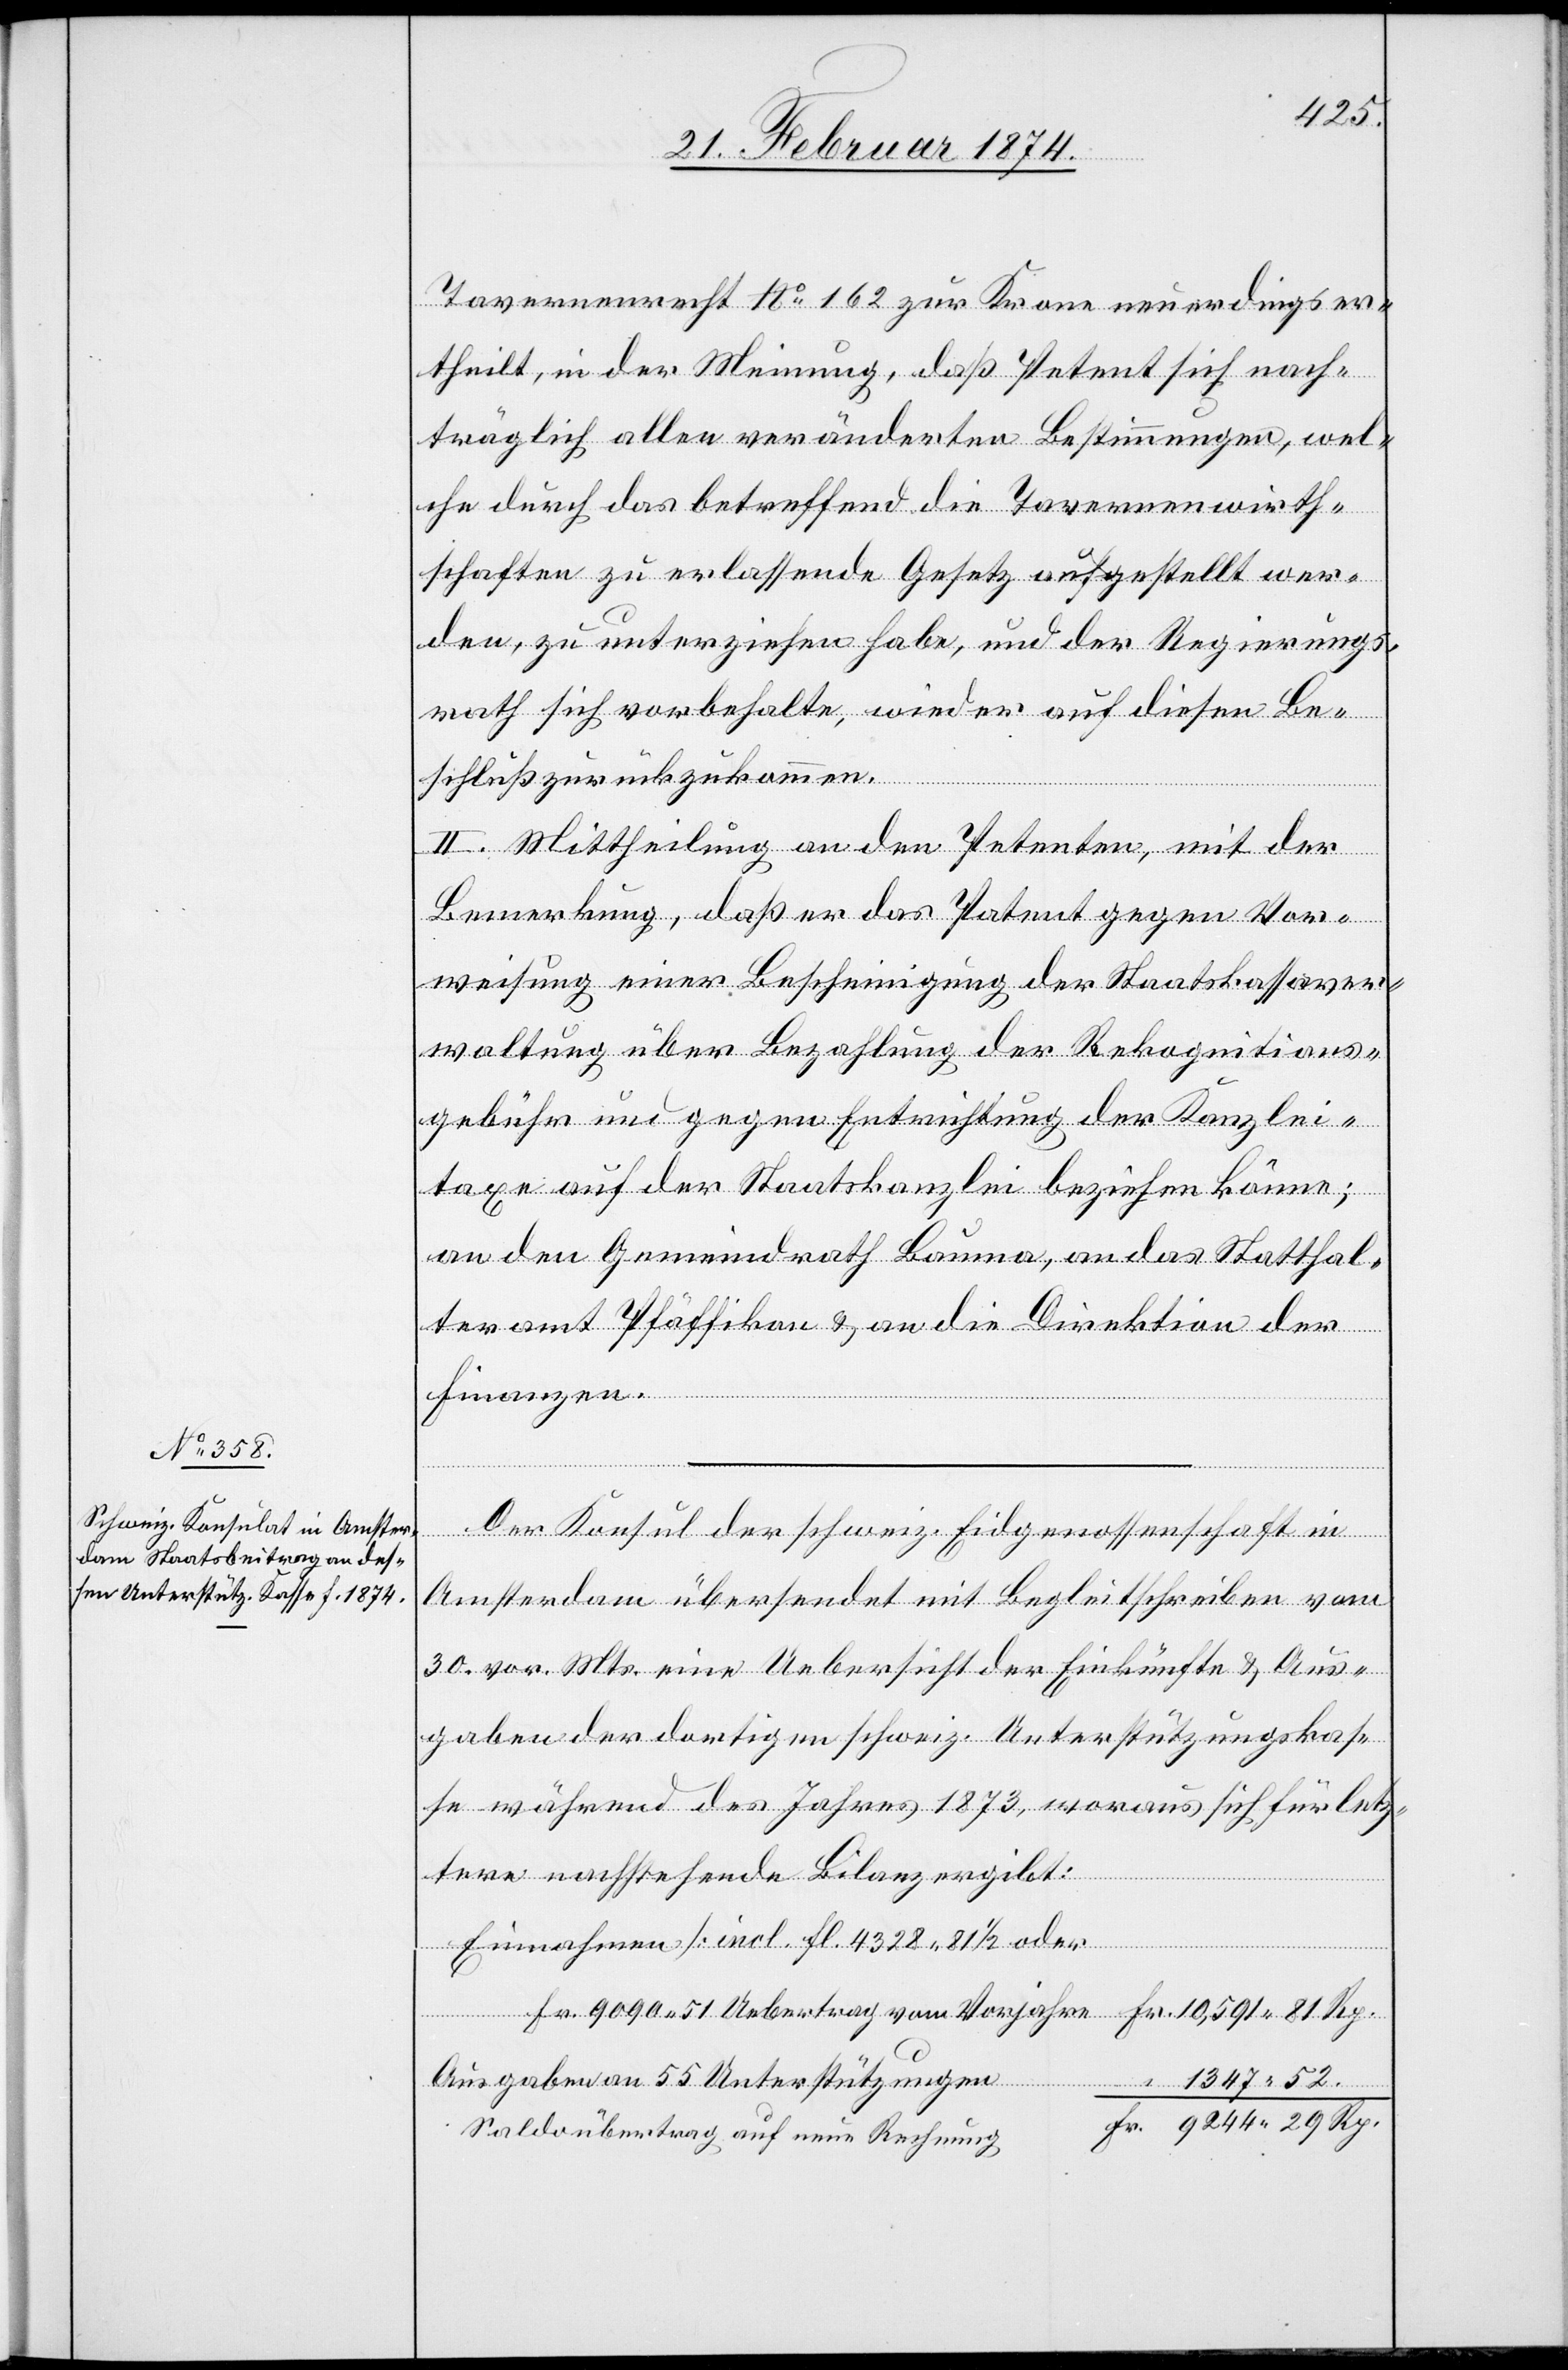
Tavernenrecht No 162 zur Krone neuerdings er¬
theilt, in der Meinung, daß Petent sich nach¬
träglich allen veränderten Bestimmungen, wel¬
che durch das betreffend die Tavernenwirth¬
schaften zu erlassende Gesetz aufgestellt wer¬
den, zu unterziehen habe, und der Regierungs¬
rath sich vorbehalte, wieder auf diesen Be¬
schluß zurückzukommen.
II. Mittheilung an den Petenten, mit der
Bemerkung, daß er das Patent gegen Vor¬
weisung einer Bescheinigung der Staatskassaver¬
waltung über Bezahlung der Rekognitions¬
gebühr und gegen Entrichtung der Kanzlei¬
taxe auf der Staatskanzlei beziehen könne;
an den Gemeindrath Bauma, an das Statthal¬
teramt Pfäffikon u. an die Direktion der
Finanzen.
Der Konsul der schweiz. Eidgenossenschaft in
Amsterdam übersendet mit Begleitschreiben vom
30. vor. Mts. eine Uebersicht der Einkünfte u. Aus¬
gaben der dortigen schweiz. Unterstützungskas¬
se während des Jahres 1873, woraus sich für letz¬
tere nachstehende Bilanz ergibt:
Einnahmen [incl. fl. 4328.81 1/2 oder
Fr. 9090.51 Uebertrag vom Vorjahre] 		Fr. 10,591.81 Rp.
Ausgaben an 55 Unterstützungen
“ 1347.52.
Saldoübertrag auf eine Rechnung